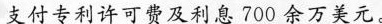
支件专利许可费及息700余万美元